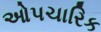
ઓપચારિક